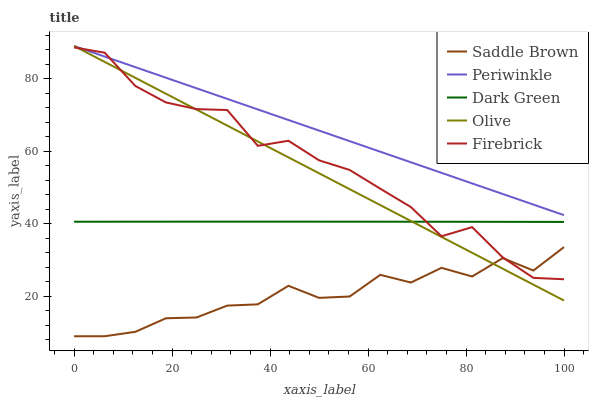
| xaxis_label | Saddle Brown | Periwinkle | Dark Green | Olive | Firebrick |
 | --- | --- | --- | --- | --- | --- |
 | 0 | 9 | 89 | 40.6 | 89 | 88.6 |
 | 6.25 | 9 | 86.1 | 40.6 | 84.6 | 87.2 |
 | 12.5 | 10.2 | 83.2 | 40.6 | 80.2 | 78 |
 | 18.8 | 14 | 80.3 | 40.6 | 75.8 | 73.4 |
 | 25 | 14.2 | 77.3 | 40.6 | 71.5 | 71.6 |
 | 31.2 | 17.4 | 74.4 | 40.6 | 67.1 | 71.4 |
 | 37.5 | 17.8 | 71.5 | 40.6 | 62.7 | 61.5 |
 | 43.8 | 22.9 | 68.6 | 40.6 | 58.3 | 62.9 |
 | 50 | 19.6 | 65.7 | 40.6 | 53.9 | 57.5 |
 | 56.2 | 20 | 62.8 | 40.6 | 49.5 | 54.8 |
 | 62.5 | 25.9 | 59.9 | 40.6 | 45.2 | 49.7 |
 | 68.8 | 23.8 | 57 | 40.6 | 40.8 | 44.6 |
 | 75 | 27.9 | 54 | 40.6 | 36.4 | 36.6 |
 | 81.2 | 25.5 | 51.1 | 40.6 | 32 | 39.1 |
 | 87.5 | 30.5 | 48.2 | 40.5 | 27.6 | 30.7 |
 | 93.8 | 27.1 | 45.3 | 40.5 | 23.2 | 25.1 |
 | 100 | 33.6 | 42.4 | 40.5 | 18.8 | 24.7 |